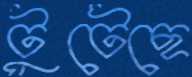
টুটেছে